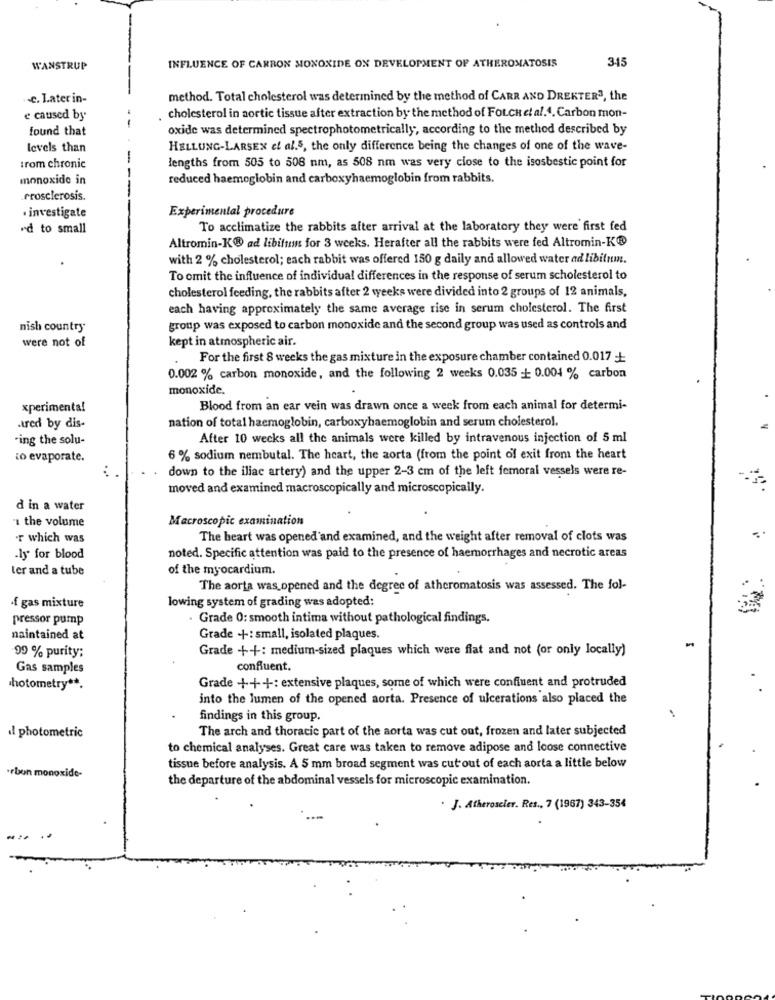
345
WANSTRUP
INFLUENCE OF CARBON MONOXIDE ON DEVELOPMENT OF ATHEROMATOSIS
.c. Later in-
method. Total cholesterol was determined by the method of CARR AND DREKTER3, the
e caused by
cholesterol in aortic tissue after extraction by the method of FOLCH et al.4. Carbon mon-
found that
oxide was determined spectrophotometrically, according to the method described by
levels than
HELLUNG-LARSEN cf al.5, the only difference being the changes of one of the wave-
-
lengths from 505 to 508 nm, as 508 nm was very close to the isosbestic point for
trom chronic
monoxide in
reduced haemoglobin and carboxyhaemoglobin from rabbits.
rrosclerosis.
Experimental procedure
· investigate
"d to small
To acclimatize the rabbits after arrival at the laboratory they were first fed
Altromin-K& ad libifun for 3 weeks. Herafter all the rabbits were fed Altromin-K®
with 2 % cholesterol; each rabbit was offered 150 g daily and allowed water ad libitum.
To omit the influence of individual differences in the response of serum scholesterol to
cholesterol feeding, the rabbits after 2 weeks were divided into 2 groups of 12 animals,
each having approximately the same average rise in serum cholesterol. The first
nish country
group was exposed to carbon monoxide and the second group was used as controls and
kept in atmospheric air.
were not of
For the first 8 weeks the gas mixture in the exposure chamber contained 0.017 +
0.002 % carbon monoxide, and the following 2 weeks 0.035 -- 0.004 % carbon
monoxide.
xperimenta!
Blood from an ear vein was drawn once a week from each animal for determi-
nation of total haemoglobin, carboxyhaemoglobin and serum cholesterol.
.tred by dis-
-ing the solu-
After 10 weeks all the animals were killed by intravenous injection of 5 ml
to evaporate.
6 % sodium nembutal. The heart, the aorta (from the point of exit from the heart
down to the iliac artery) and the upper 2-3 cm of the left femoral vessels were re-
moved and examined macroscopically and microscopically.
d in a water
the volume
Macroscopic examination
r which was
The heart was opened and examined, and the weight after removal of clots was
noted. Specific attention was paid to the presence of haemorrhages and necrotic areas
.ly for blood
ler and a tube
of the myocardium.
The aorta was opened and the degree of athcromatosis was assessed. The fol-
lowing system of grading was adopted:
·f gas mixture
pressor pump
Grade 0: smooth intima without pathological findings.
maintained at
Grade + -: small, isolated plaques.
99 % purity:
Grade ++: medium-sized plaques which were flat and not (or only locally)
Gas samples
confluent.
Grade +++: extensive plaques, some of which were confluent and protruded
hotometry **.
into the lumen of the opened aorta. Presence of ulcerations also placed the
findings in this group.
The arch and thoracic part of the aorta was cut out, frozen and later subjected
il photometric
to chemical analyses. Great care was taken to remove adipose and loose connective
tissue before analysis. A 5 mm broad segment was cut out of each aorta a little below
·rbon monoxide-
the departure of the abdominal vessels for microscopic examination.
. J. Atheroscier. Res ., 7 (1967) 343-354